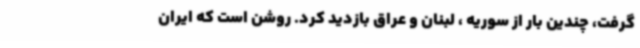
گرفت، چندین بار از سوریه ، لبنان و عراق بازدید کرد. روشن است که ایران